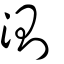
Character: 測